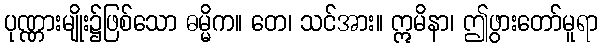
ပုဏ္ဏားမျိုး၌ဖြစ်သော ဓမ္မိက။ တေ၊ သင်အား။ ဣမိနာ၊ ဤဖွားတော်မူရာ